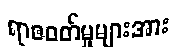
ရာဇဝတ်မှုများအား